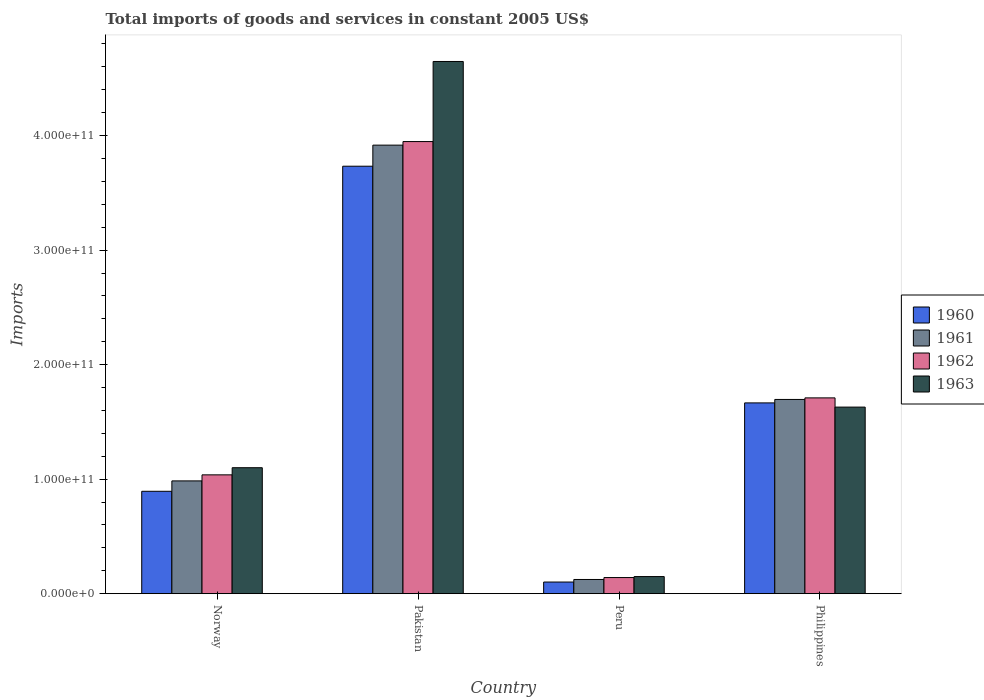
| Country | 1960 | 1961 | 1962 | 1963 |
 | --- | --- | --- | --- | --- |
 | Norway | 8.94e+10 | 9.85e+10 | 1.04e+11 | 1.1e+11 |
 | Pakistan | 3.73e+11 | 3.92e+11 | 3.95e+11 | 4.65e+11 |
 | Peru | 1.01e+10 | 1.24e+10 | 1.41e+10 | 1.49e+10 |
 | Philippines | 1.67e+11 | 1.7e+11 | 1.71e+11 | 1.63e+11 |